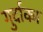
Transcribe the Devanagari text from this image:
गुर्दाका